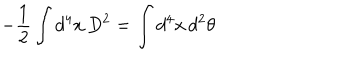
- \frac { 1 } { 2 } \int d ^ { 4 } x \, D ^ { 2 } = \int d ^ { 4 } x \, d ^ { 2 } \theta